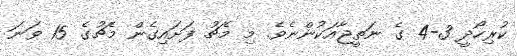
ކުރިހޯދީ 3-4 ގެ ނަތީޖާއަކުންނެވެ. މި މެޗު ފަށައިގެން މެޗުގެ 15 ވަނަ